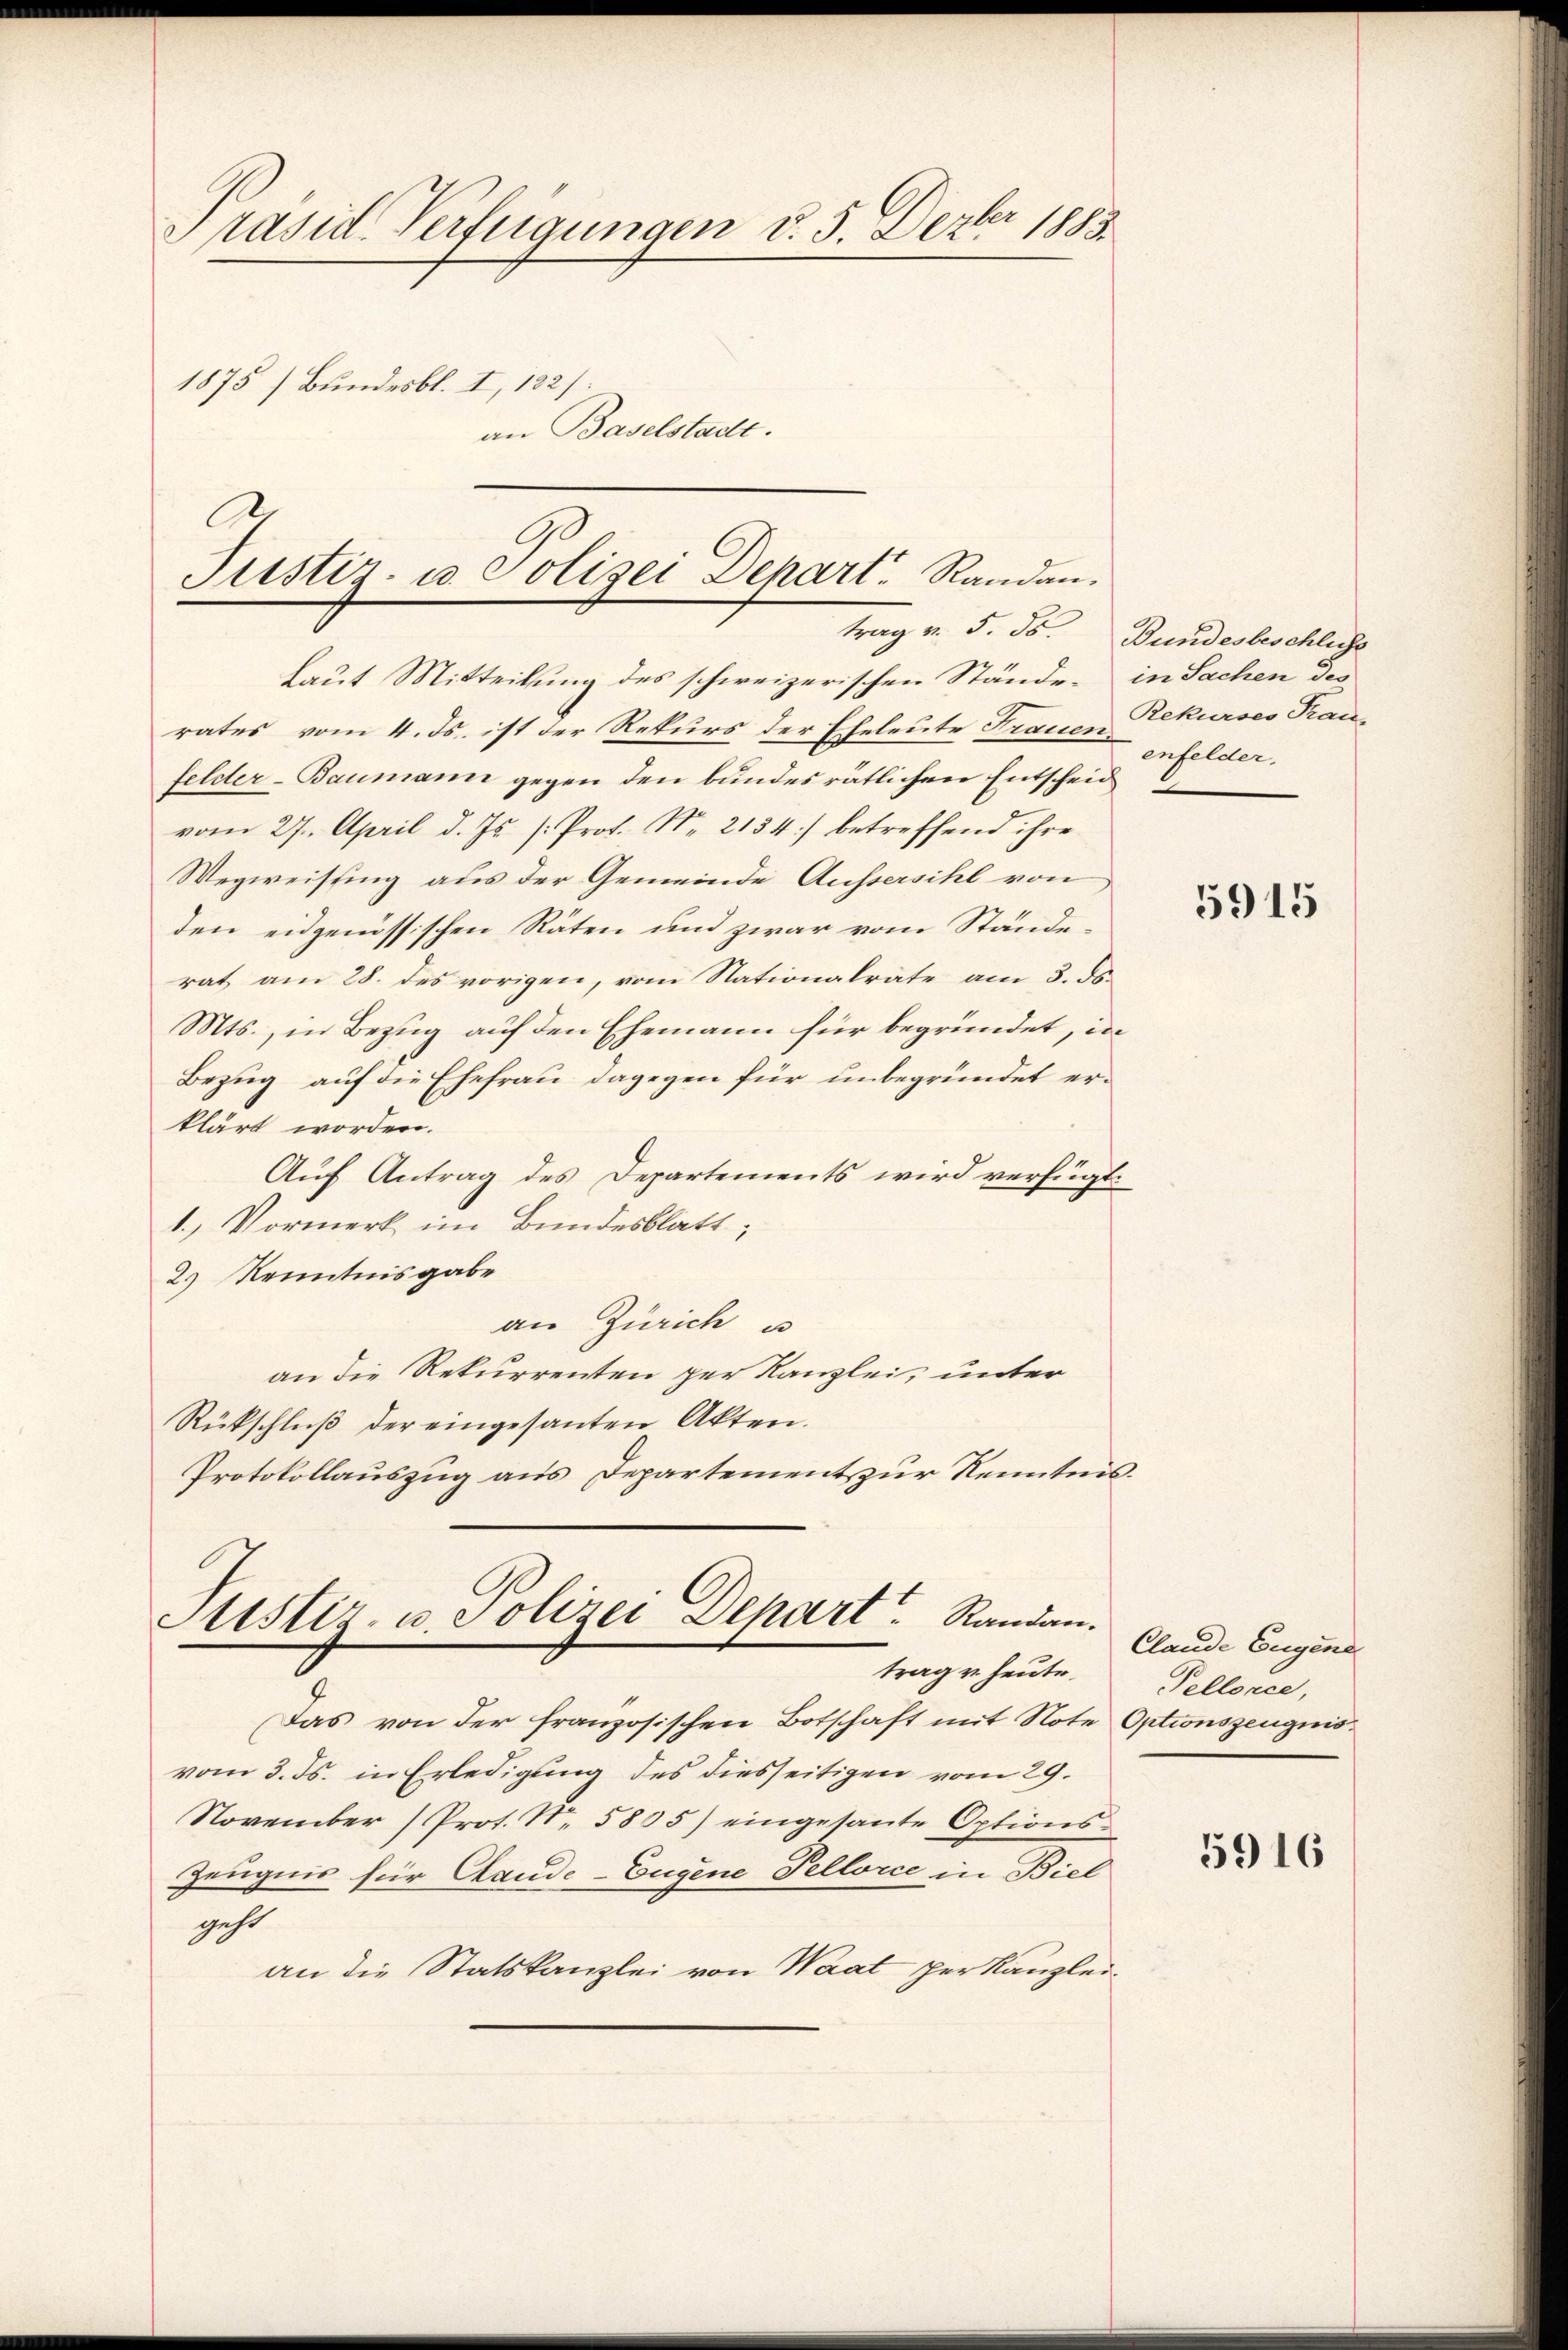
Präsid Verfügungen d. 5. Dezbr 1883.
1875) Bundesbl. I, 122).
an Baselstadt.

Justiz- u. Polizei Depart. Randau.

Laut Mitteilung des schweizerischen Stände in Sachen desrates vom 4. ds. ist der Rekurs der Eheleute Frauen Rekurses Tranfelder-Baumann gegen den bundesrätlichen Entscheid
vom 27. April d. Js. [Prof. No. 2134) betreffend ihre
Wegweissing aus der Gemeinde Aussersihl von
den eidgenössischen Räten und zwar vom Ständerat am 28. des vorigen, vom Nationalräte am 3. ds.
Mts., in Bezug auf den Ehemann für begründet, in
Bezug auf die Ehefrau dagegen für unbegründet erklärt worden.
Auf Antrag des Departements wird verfügt:
1.) Vormerk im Bundesblatt,
2.) Kenntnisgabe
an Zürich u
an die Rekurrenten per Kanzlei, unter
Rückschluß der eingesanten Akten.
Protokollauszug aus Departement zur Kenntnis.

Justiz- u. Polizei Depart. Randau.
trag u. heute.

Das von der französischen Botschaft mit Note Optionszeugnisvom 3. Js. in Erledigung des diesseitigen vom 29.
November (Prot. N. 5805) eingesante Options-
Zeugnis für Claude-Eugene Tellorce in Biel
geht
an die Statskanzlei von Waat per Kanzlei

trag v. 5. ds. Bundesbeschluss

enfelder,

5915

Clande Eugend
Tellorce,

5916